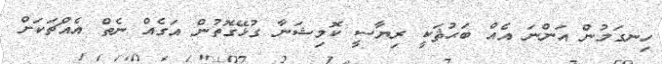
ހިނގަމުން އަންނަ އެއް ބަޙުޘަކީ ރިޔާސީ ކޮމިޝަނާ ގުޅޭގޮތުން އަގެއް ނެތް އެއްޗަކަށް